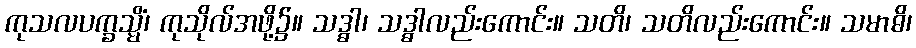
ကုသလပက္ခသ္မိံ၊ ကုသိုလ်အဖို့၌။ သဒ္ဓါ၊ သဒ္ဓါလည်းကောင်း။ သတိ၊ သတိလည်းကောင်း။ သမာဓိ၊